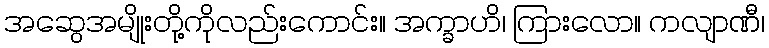
အဆွေအမျိုးတို့ကိုလည်းကောင်း။ အက္ခာဟိ၊ ကြားလော။ ကလျာဏီ၊